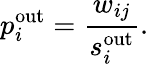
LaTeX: p_{i}^{\mathrm{out}}=\frac{w_{ij}}{s_{i}^{\mathrm{out}}}.